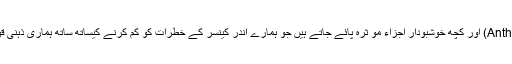
ان سبزیوں اور پھلوں میں اینتھو سیانن(Anthcyanin) اور کچھ خوشبودار اجزاء مؤ ثرہ پائے جاتے ہیں جو ہمارے اندر کینسر کے خطرات کو کم کرنے کیساتھ ساتھ ہماری ذہنی قوت کے محافظ اور عمروں کو طویل کرتے ہیں۔